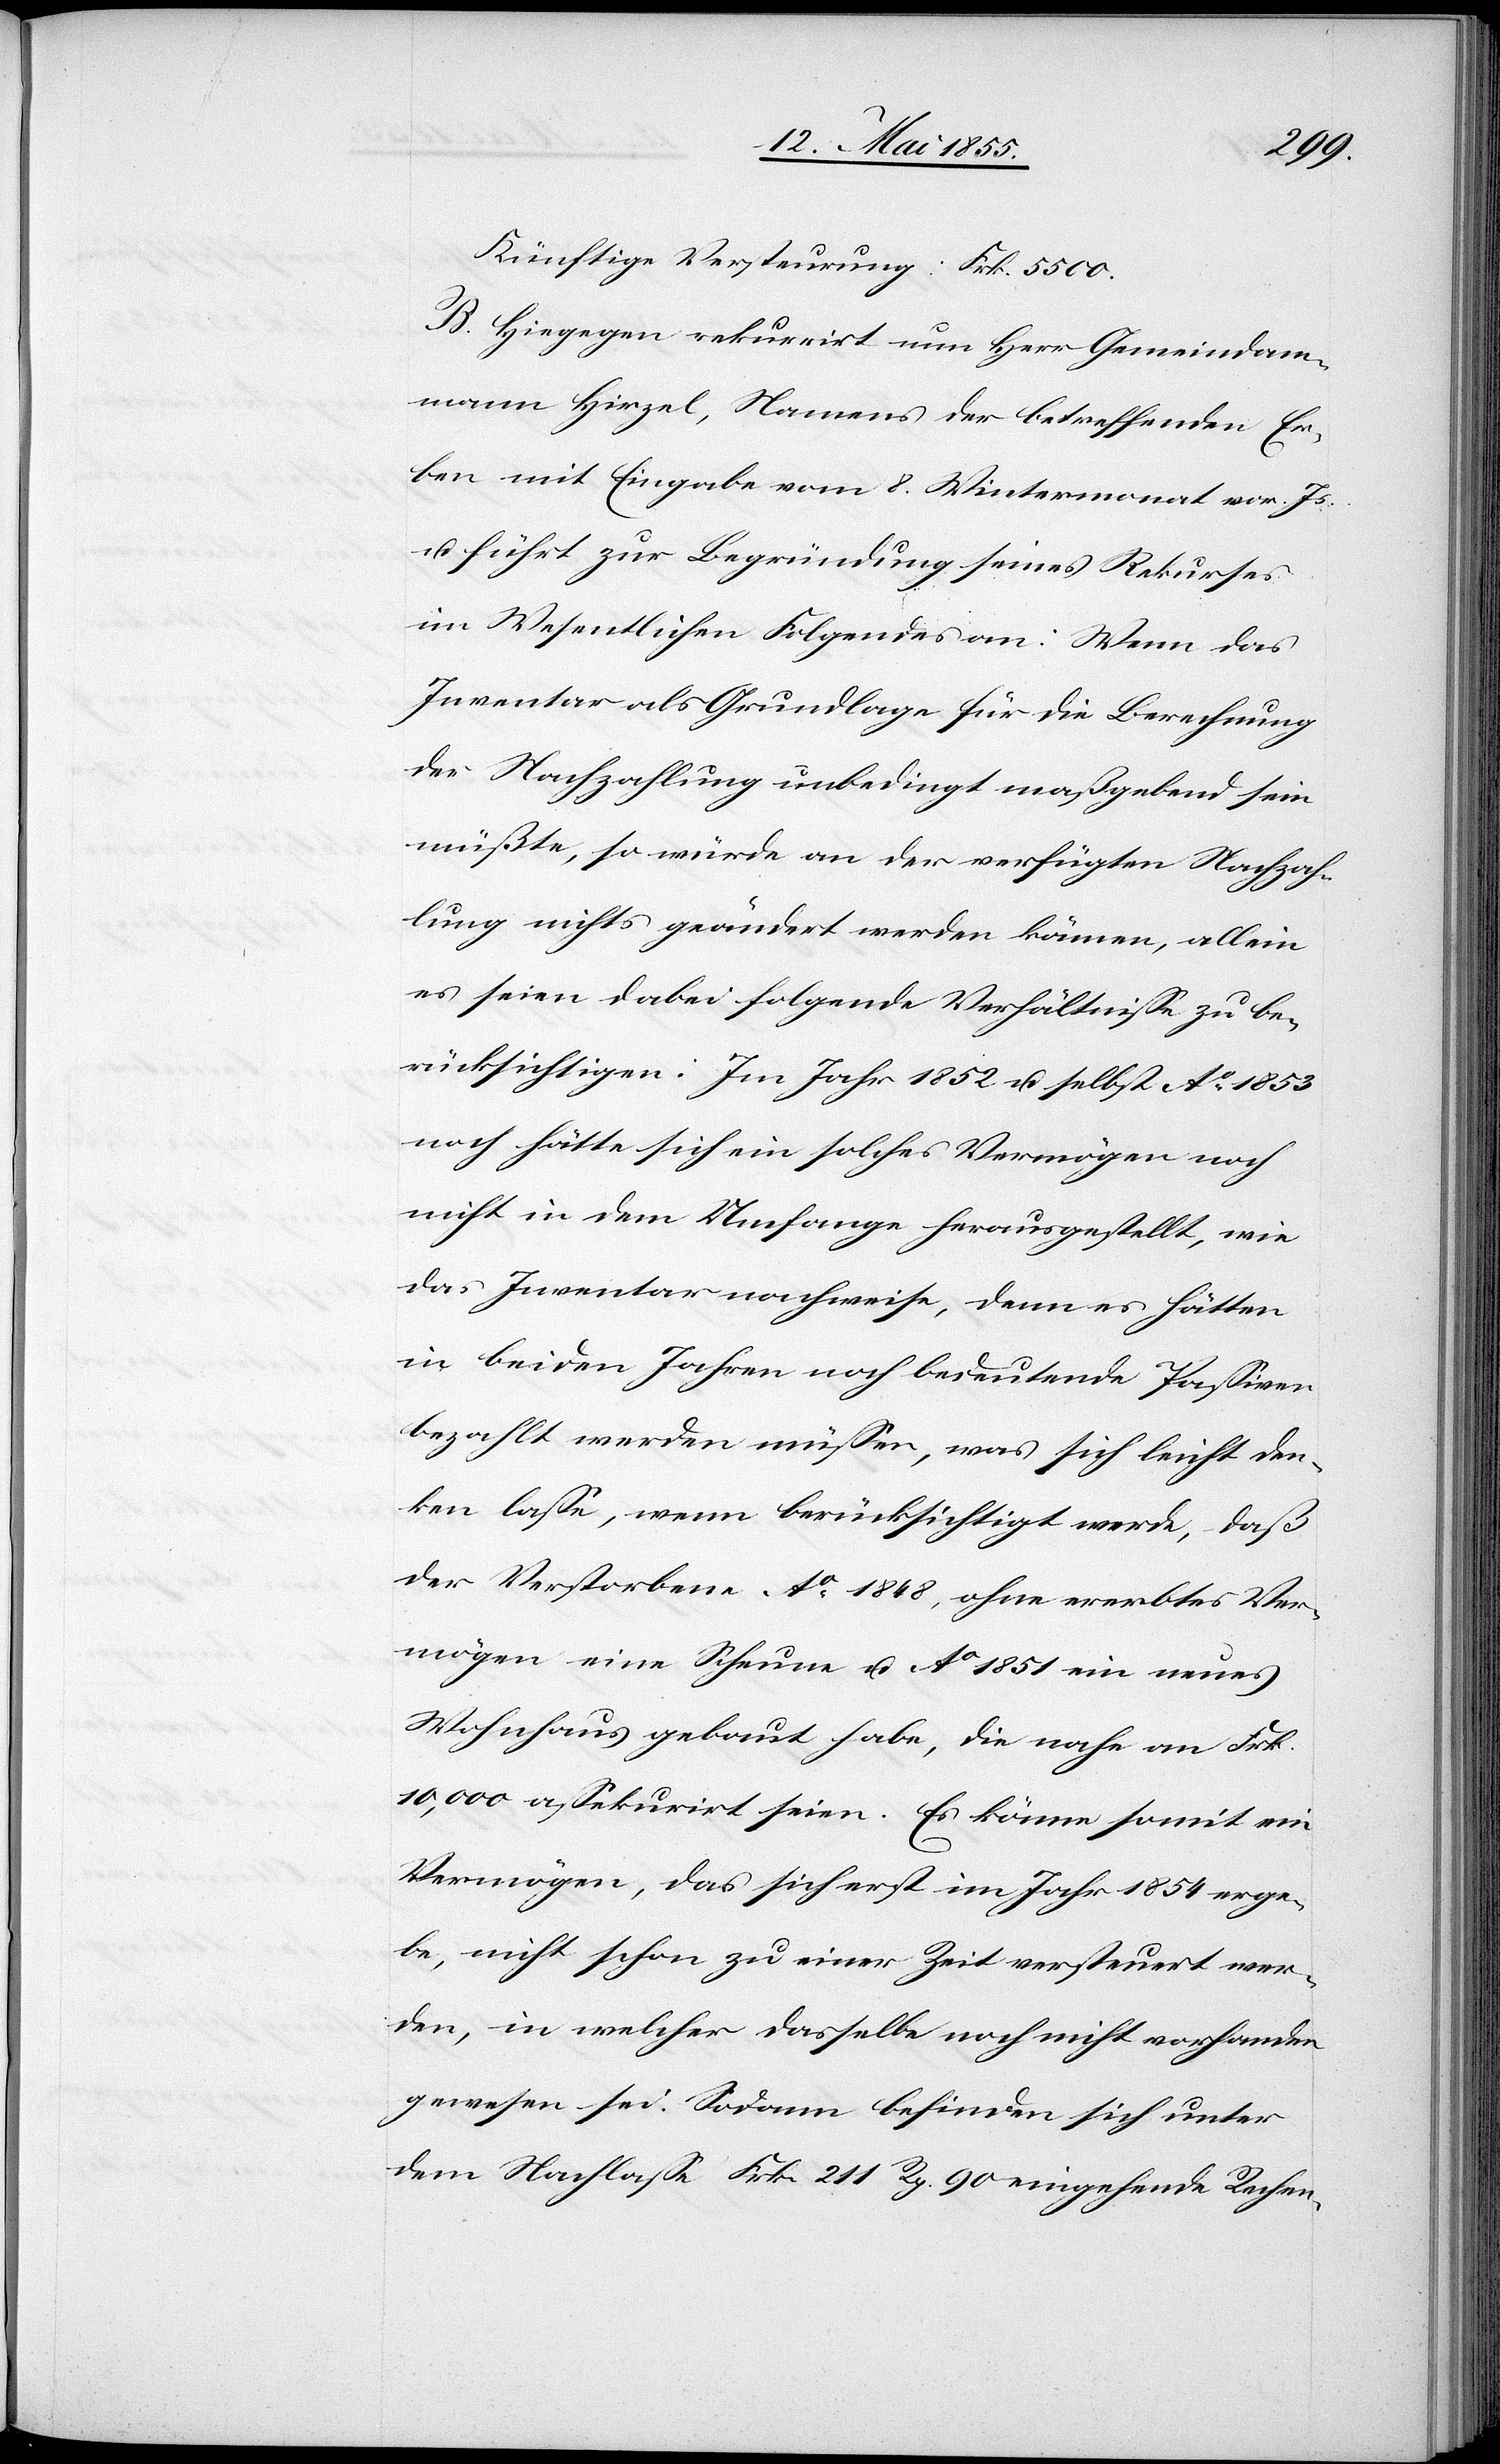
5500.
B. Hiegegen rekurrirt nun Herr Gemeindam¬
mann Hirzel, Namens der betreffenden Er¬
ben mit Eingabe vom 8. Wintermonat vor. Js.
u. führt zur Begründung seines Rekurses
im Wesentlichen Folgendes an: Wenn das
Inventar als Grundlage für die Berechnung
der Nachzahlung unbedingt maßgebend sein
müßte, so würde an der verfügten Nachzah¬
lung nichts geändert werden können, allein
es seien dabei folgende Verhältnisse zu be¬
rücksichtigen: Im Jahr 1852 u. selbst Ao. 1853
noch hätte sich ein solches Vermögen noch
nicht in dem Umfange herausgestellt, wie
das Inventar nachweise, denn es hätten
in beiden Jahren noch bedeutende Passiven
bezahlt werden müssen, was sich leicht den¬
ken lasse, wenn berücksichtigt werde, daß
der Verstorbene Ao. 1848, ohne ererbtes Ver¬
mögen eine Scheune u. Ao 1851 ein neues
Wohnhaus gebaut habe, die nahe an Frk.
10,000 assekurirt seien. Es könne somit ein
Vermögen, das sich erst im Jahr 1854 erge¬
be, nicht schon zu einer Zeit versteuert wer¬
den, in welcher dasselbe noch nicht vorhanden
gewesen sei. Sodann befinden sich unter
dem Nachlasse Frk. 211 Rp. 90 eingehende Rechen-